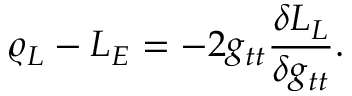
\varrho _ { L } - { \cal L } _ { E } = - 2 g _ { t t } { \frac { \delta { \cal L } _ { L } } { \delta g _ { t t } } } .